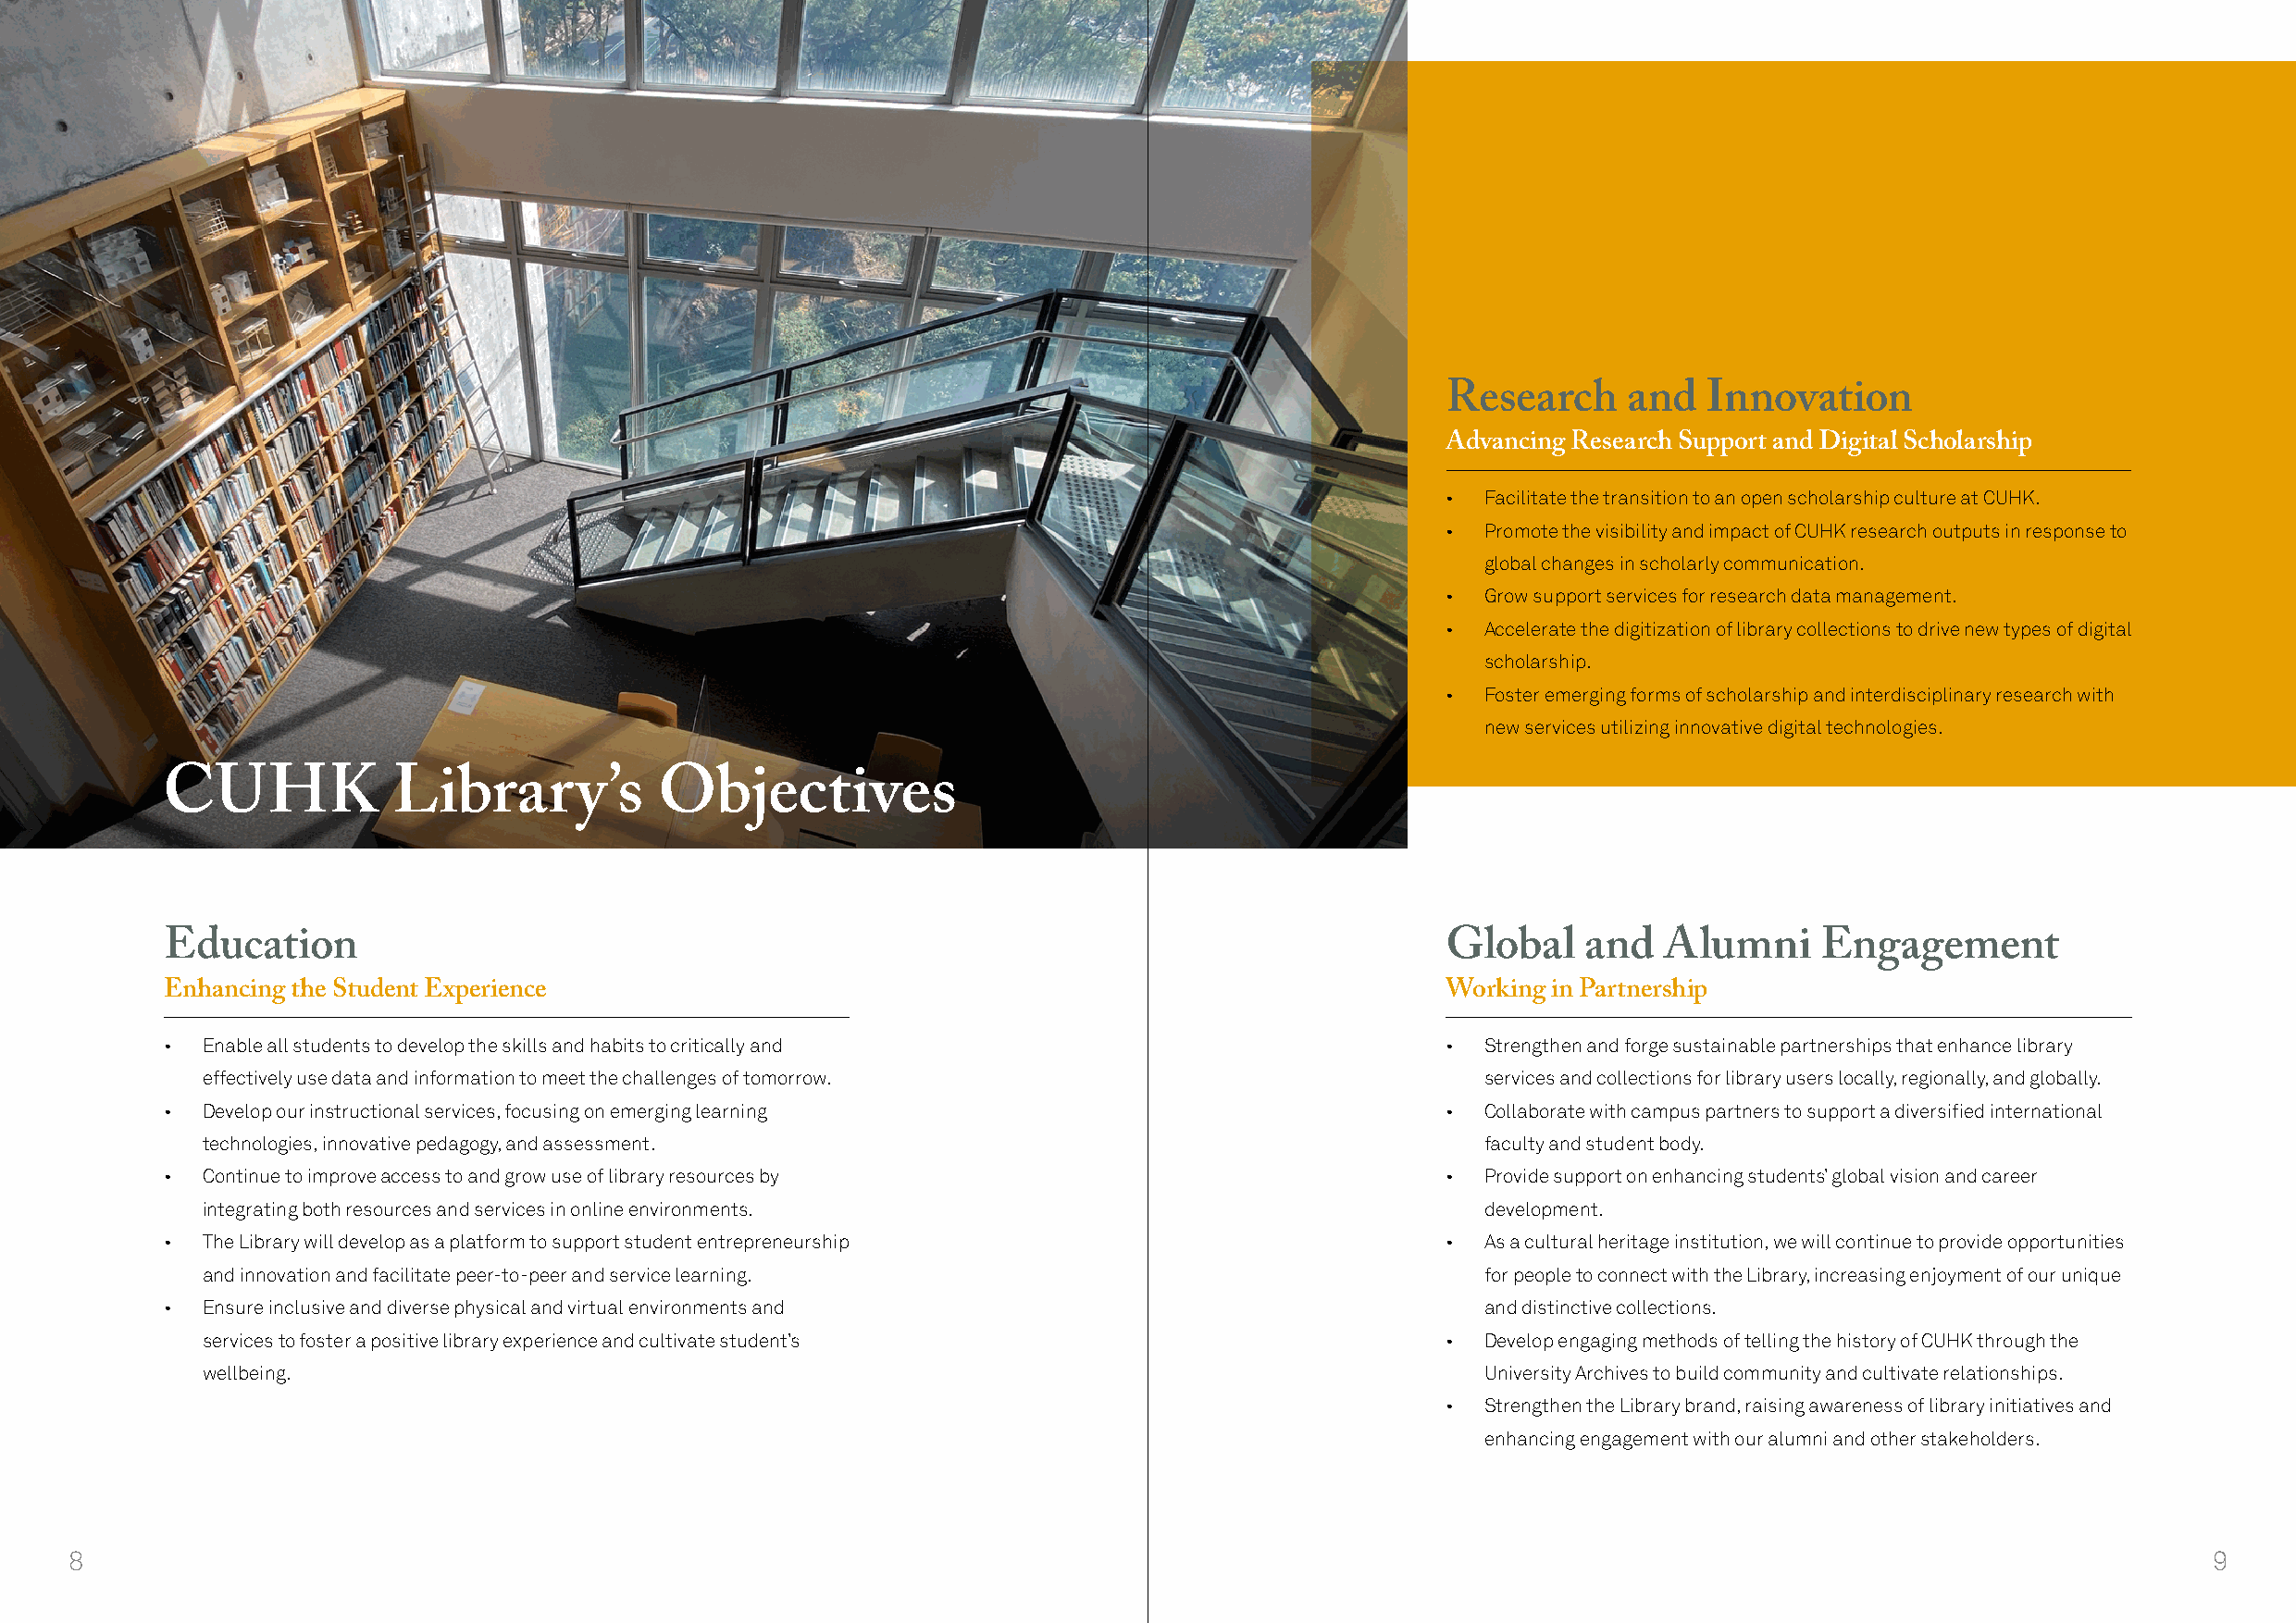
Research     and   Innovation
 Advancing Research Support and Digital Scholarship
 •  Facilitate the transition to an open scholarship culture at CUHK.
 •  Promote the visibility and impact of CUHK research outputs in response to
 global changes in scholarly communication.
 •  Grow support services for research data management.
 •  Accelerate the digitization of library collections to drive new types of digital
 scholarship.
 •  Foster emerging forms of scholarship and interdisciplinary research with
 new services utilizing innovative digital technologies.
 CUHK            Library’s          Objectives
 Education                                                                                  Global    and   Alumni     Engagement
 Enhancing the Student Experience                                                           Working in Partnership
 • Enable all students to develop the skills and habits to critically and                   •  Strengthen and forge sustainable partnerships that enhance library
 effectively use data and information to meet the challenges of tomorrow.                    services and collections for library users locally, regionally, and globally.
 • Develop our instructional services, focusing on emerging learning                        •  Collaborate with campus partners to support a diversified international
 technologies, innovative pedagogy, and assessment.                                          faculty and student body.
 • Continue to improve access to and grow use of library resources by                       •  Provide support on enhancing students’ global vision and career
 integrating both resources and services in online environments.                             development.
 • The Library will develop as a platform to support student entrepreneurship               •  As a cultural heritage institution, we will continue to provide opportunities
 and innovation and facilitate peer-to-peer and service learning.                            for people to connect with the Library, increasing enjoyment of our unique
 • Ensure inclusive and diverse physical and virtual environments and                          and distinctive collections.
 services to foster a positive library experience and cultivate student’s                 •  Develop engaging methods of telling the history of CUHK through the
 wellbeing.                                                                                  University Archives to build community and cultivate relationships.
 •  Strengthen the Library brand, raising awareness of library initiatives and
 enhancing engagement with our alumni and other stakeholders.
 8                                                                                                                                                        9